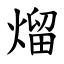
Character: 熘